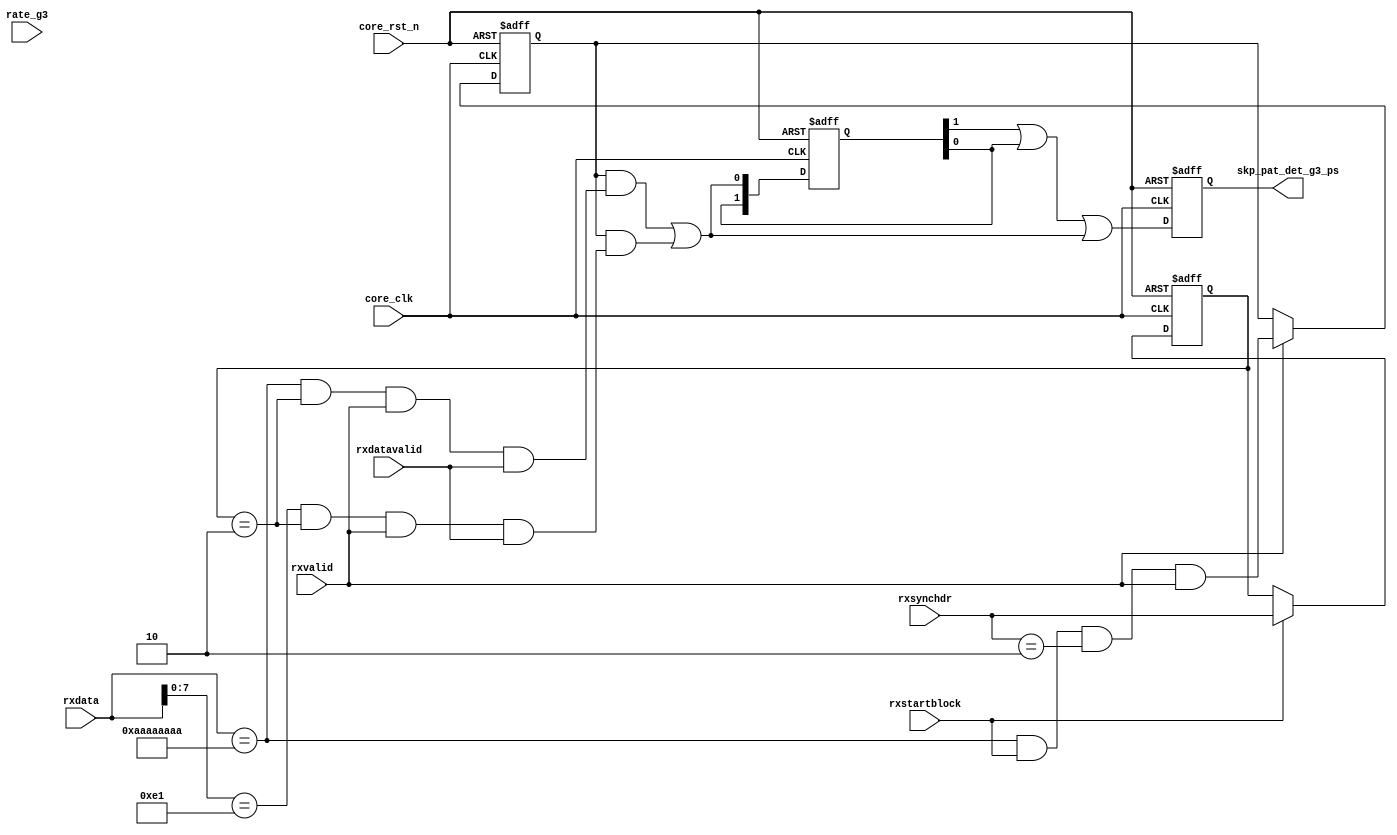
// (C) 2001-2018 Intel Corporation. All rights reserved.
// Your use of Intel Corporation's design tools, logic functions and other 
// software and tools, and its AMPP partner logic functions, and any output 
// files from any of the foregoing (including device programming or simulation 
// files), and any associated documentation or information are expressly subject 
// to the terms and conditions of the Intel Program License Subscription 
// Agreement, Intel FPGA IP License Agreement, or other applicable 
// license agreement, including, without limitation, that your use is for the 
// sole purpose of programming logic devices manufactured by Intel and sold by 
// Intel or its authorized distributors.  Please refer to the applicable 
// agreement for further details.


module skp_det_g3 (
   input [31:0] rxdata,
   input rxstartblock,
   input [1:0] rxsynchdr,
   input rxvalid,
   input rxdatavalid,
   input rate_g3,
   input core_clk,
   input core_rst_n,

   output reg skp_pat_det_g3_ps //pulse stretched SKP pattern detect indicator
);

wire skp_pat_det_g3_sb;
wire skp_pat_det_g3_d;
wire skp_end_det_g3;
wire false_skp_det;

reg [1:0]  skp_pat_det_g3;
//reg skp_pat_det_g3_ps;
reg skp_pat_det_g3_sb_dly;
reg skp_pat_det_g3_d_dly;

reg [1:0] rxsynchdr_ext;

//detect Arria 10 Gen3 block aligner SKP error pattern. SKP pattern detected during data block
assign skp_pat_det_g3_sb = ((rxdata[31:0] == 32'haaaa_aaaa) & rxstartblock & (rxsynchdr[1:0] == 2'b10) & rxvalid); //Detect start of SKP in scrambled data when syn header is datablk 
assign skp_pat_det_g3_d  = ((rxdata[31:0] == 32'haaaa_aaaa) & (rxsynchdr_ext[1:0] == 2'b10) & rxvalid & rxdatavalid); //Detect next cycle of scrambled data looking like a SKP
assign skp_end_det_g3    = (rxdata[7:0] == 8'he1) & (rxsynchdr_ext[1:0] == 2'b10) & rxvalid & rxdatavalid;

//assign false_skp_det = ~(k_g3_skp_det_dis) & (skp_pat_det_g3_sb_dly & skp_pat_det_g3_d) | (skp_pat_det_g3_d_dly & skp_end_det_g3); //first two cycles of a 32-bit SKP OS detected in a datablock
//assign false_skp_det = (skp_pat_det_g3_sb_dly & skp_pat_det_g3_d) | (skp_pat_det_g3_d_dly & skp_end_det_g3); //first two cycles of a 32-bit SKP OS detected in a datablock
assign false_skp_det = (skp_pat_det_g3_sb_dly & skp_pat_det_g3_d) | (skp_pat_det_g3_sb_dly & skp_end_det_g3); //first two cycles of a 32-bit SKP OS detected in a datablock

always @ (posedge core_clk or negedge core_rst_n) begin
   if(!core_rst_n) begin
      skp_pat_det_g3[1:0]     <= 2'b00;
      skp_pat_det_g3_ps       <= 1'b0;
      skp_pat_det_g3_sb_dly   <= 1'b0;
      skp_pat_det_g3_d_dly    <= 1'b0;
	  rxsynchdr_ext			  <= 2'b00;
   end   
   else begin         
      skp_pat_det_g3_sb_dly   <= rxvalid ? skp_pat_det_g3_sb : skp_pat_det_g3_sb_dly;
      skp_pat_det_g3_d_dly    <= skp_pat_det_g3_d;
      skp_pat_det_g3[1:0]     <= {skp_pat_det_g3[0], false_skp_det};
      skp_pat_det_g3_ps       <= (skp_pat_det_g3[1] | skp_pat_det_g3[0] | false_skp_det ); //pulse stretch output for 3 cycles (6ns worst case @ 500MHz)
	  rxsynchdr_ext[1:0]	  <= (rxstartblock==1'b1) ? rxsynchdr[1:0] : rxsynchdr_ext[1:0];
   end
end

endmodule